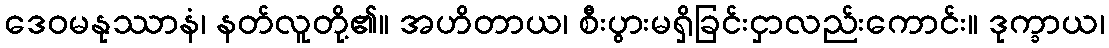
ဒေဝမနုဿာနံ၊ နတ်လူတို့၏။ အဟိတာယ၊ စီးပွားမရှိခြင်းငှာလည်းကောင်း။ ဒုက္ခာယ၊